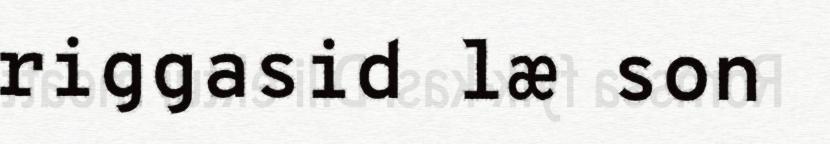
riggasid læ son